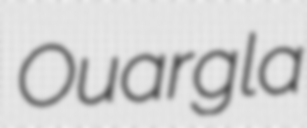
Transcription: Ouargla